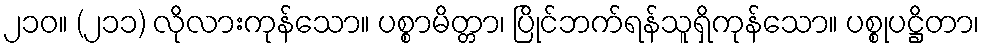
၂၁၀။ (၂၁၁) လိုလားကုန်သော။ ပစ္စာမိတ္တာ၊ ပြိုင်ဘက်ရန်သူရှိကုန်သော။ ပစ္စုပဋ္ဌိတာ၊